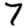
Digit: 7